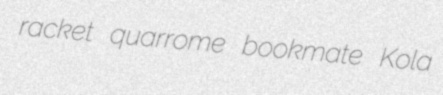
racket quarrome bookmate Kola